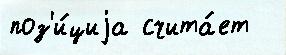
поз'и́циjа счита́ет